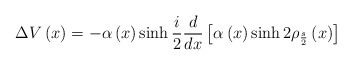
\begin{align*}\Delta V\left( x\right) =-\alpha \left( x\right)\sinh \frac{i}{2}\frac {d}{dx}\left[ \alpha \left( x\right) \sinh 2\rho _{\frac {s}{2}}\left(x\right) \right]\end{align*}